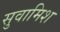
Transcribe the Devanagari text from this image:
सुवामिश